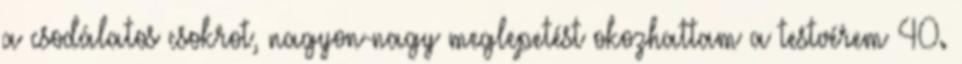
a csodálatos csokrot, nagyon-nagy meglepetést okozhattam a testvérem 40.